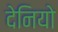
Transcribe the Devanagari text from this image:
देनियो